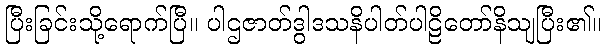
ပြီးခြင်းသို့ရောက်ပြီ။ ပါဌဇာတ်ဒွါဒသနိပါတ်ပါဠိတော်နိသျပြီး၏။